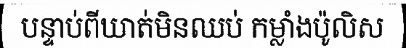
បន្ទាប់ពីឃាត់មិនឈប់ កម្លាំងប៉ូលិស